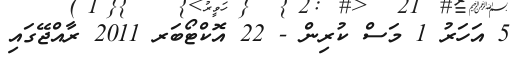
5 އަހަރު 1 މަސް ކުރިން - 22 އޮކްޓޯބަރ 2011 ރާއްޖޭގައި